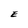
Character: E